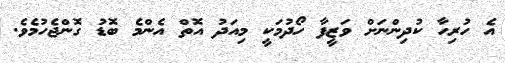
އެ ހުރިހާ ކުދިންނަށް ވަޒީފާ ހޯދުމަކީ މިއަދު އޮތް އެންމެ ބޮޑު ގޮންޖެހުމެވެ.